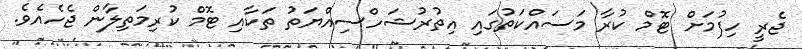
ޖެރީ ހިފުމަށް ޓޮމް ކުރާ މަސައްކަތުގައި އިތުރުޝަހްސިއްޔަތު ތަކާއި ޓޮމް ކުރިމަތިލާން ޖެހެއެވެ.